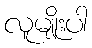
လူမျိုးပါ